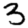
Digit: 3